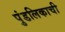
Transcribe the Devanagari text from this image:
पुंडलिकाची